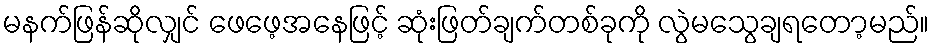
မနက်ဖြန်ဆိုလျှင် ဖေဖေ့အနေဖြင့် ဆုံးဖြတ်ချက်တစ်ခုကို လွဲမသွေချရတော့မည်။